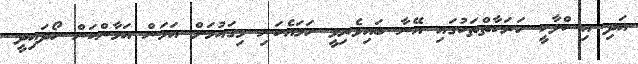
އަދި އިސްލާހީ ހަރަކާތްތަކުގައި އޭނާ ބައިވެރިވީ ހަމައެކަނި މިގައުމަށް އަމަން އަމާންކަން ހޯދައިދީ